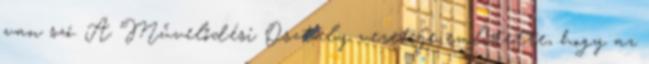
van szó. A Művelődési Osztály vezetője említette, hogy az